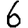
Digit: 6